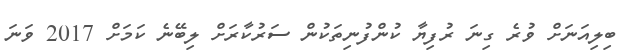
ބިލިއަނަށް ވުރެ ގިނަ ރުފިޔާ ކުންފުނިތަކުން ސަރުކާރަށް ލިބޭނެ ކަމަށް 2017 ވަނަ